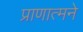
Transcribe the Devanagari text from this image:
प्राणात्मने